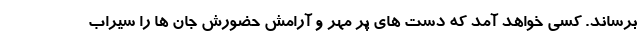
برساند. کسی خواهد آمد که دست های پر مهر و آرامش حضورش جان ها را سیراب